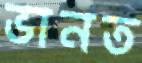
ভানত